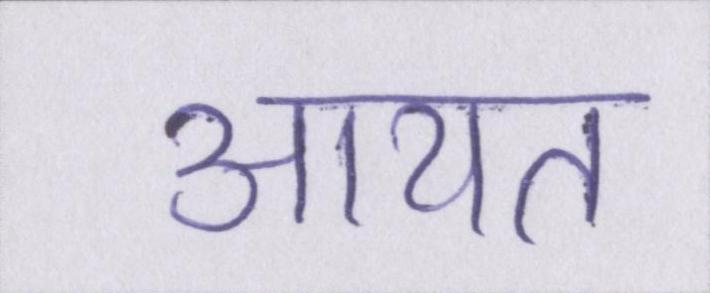
आयत